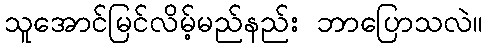
သူအောင်မြင်လိမ့်မည်နည်း ဘာပြောသလဲ။